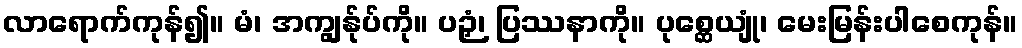
လာရောက်ကုန်၍။ မံ၊ အကျွန်ုပ်ကို။ ပဉှံ၊ ပြဿနာကို။ ပုစ္ဆေယျုံ၊ မေးမြန်းပါစေကုန်။